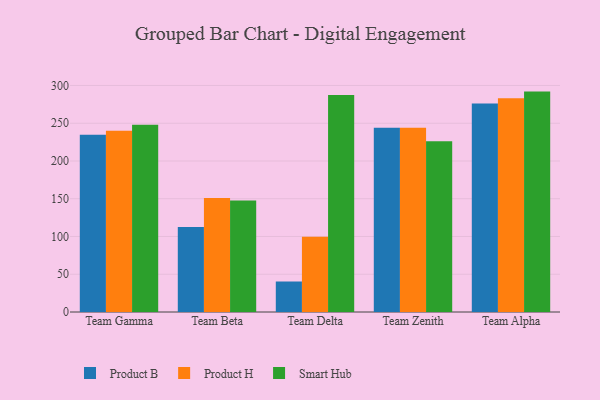
{"axis": {"x": "Team", "y": "Production Output"}, "legend": ["Product B", "Product H", "Smart Hub"], "data": [{"x": "Team Gamma", "y": 234.7, "type": "Product B"}, {"x": "Team Gamma", "y": 240.1, "type": "Product H"}, {"x": "Team Gamma", "y": 248.1, "type": "Smart Hub"}, {"x": "Team Beta", "y": 112.6, "type": "Product B"}, {"x": "Team Beta", "y": 150.9, "type": "Product H"}, {"x": "Team Beta", "y": 147.8, "type": "Smart Hub"}, {"x": "Team Delta", "y": 40.4, "type": "Product B"}, {"x": "Team Delta", "y": 99.7, "type": "Product H"}, {"x": "Team Delta", "y": 287.5, "type": "Smart Hub"}, {"x": "Team Zenith", "y": 244.1, "type": "Product B"}, {"x": "Team Zenith", "y": 243.9, "type": "Product H"}, {"x": "Team Zenith", "y": 226.1, "type": "Smart Hub"}, {"x": "Team Alpha", "y": 276.1, "type": "Product B"}, {"x": "Team Alpha", "y": 283.2, "type": "Product H"}, {"x": "Team Alpha", "y": 291.9, "type": "Smart Hub"}]}